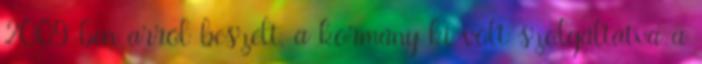
2009-ben arról beszélt, a kormány ki volt szolgáltatva a